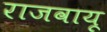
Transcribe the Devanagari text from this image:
राजवायू